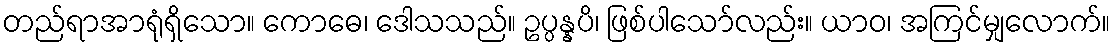
တည်ရာအာရုံရှိသော။ ကောဓေ၊ ဒေါသသည်။ ဥပ္ပန္နပိ၊ ဖြစ်ပါသော်လည်း။ ယာဝ၊ အကြင်မျှလောက်။